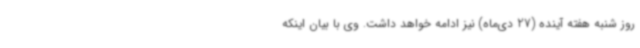
روز شنبه هفته آینده (27 دی‌ماه) نیز ادامه خواهد داشت. وی با بیان اینکه